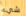
شيء